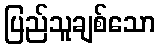
ပြည်သူချစ်သော